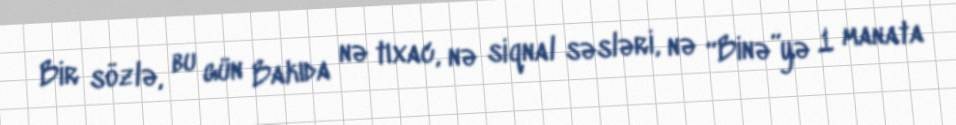
Bir sözlə, bu gün Bakıda nə tıxac, nə siqnal səsləri, nə “Binə”yə 1 manata